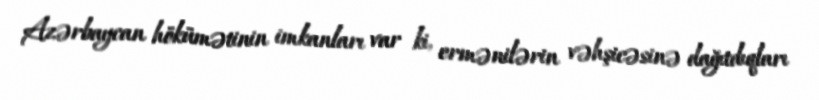
Azərbaycan hökümətinin imkanları var ki, ermənilərin vəhşicəsinə dağıtdıqları